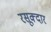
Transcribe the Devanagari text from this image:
रसूक्दार